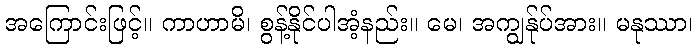
အကြောင်းဖြင့်။ ကာဟာမိ၊ စွန့်နိုင်ပါအံ့နည်း။ မေ၊ အကျွန်ုပ်အား။ မနုဿာ၊